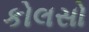
કોલસો